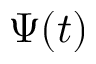
\Psi ( t )